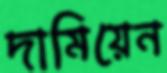
দামিয়েন